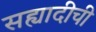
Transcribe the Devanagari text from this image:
सह्यादीची